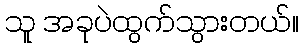
သူ အခုပဲထွက်သွားတယ်။